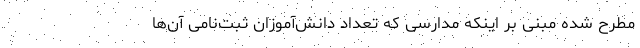
مطرح شده مبنی بر اینکه مدارسی که تعداد دانش‌آموزان ثبت‌نامی آن‌ها